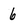
Character: 6